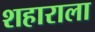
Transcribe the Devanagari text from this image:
शहाराला